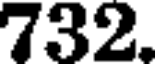
732.